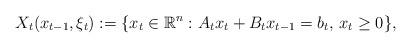
LaTeX: \begin{align*}X_t(x_{t-1}, \xi_t):=\{x_t \in \mathbb{R}^n : A_{t} x_{t} + B_{t} x_{t-1} = b_t, \,x_t \geq 0 \},\end{align*}